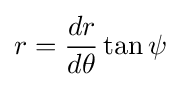
r={\frac {dr}{d\theta }}\tan \psi